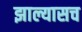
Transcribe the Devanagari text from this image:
झाल्यासच